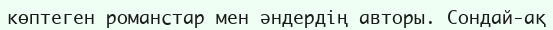
көптеген романстар мен әндердің авторы. Сондай-ақ